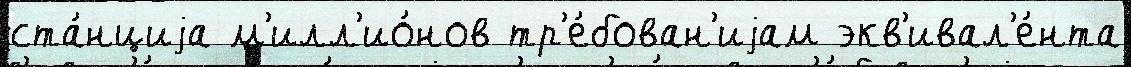
ста́нциjа м'илл'ио́нов тр'е́бован'иjам экв'ивал'е́нта